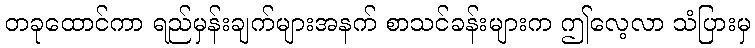
တခုထောင်ကာ ရည်မှန်းချက်များအနက် စာသင်ခန်းများက ဤလေ့လာ သံပြားမှ